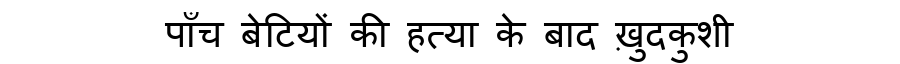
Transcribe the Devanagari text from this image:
पाँच बेटियों की हत्या के बाद ख़ुदकुशी